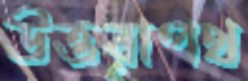
উত্তরাপথ